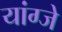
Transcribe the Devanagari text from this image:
यांग्जे